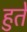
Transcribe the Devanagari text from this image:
हुते